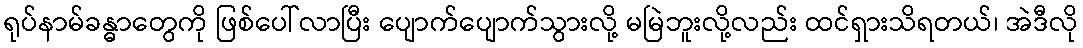
ရုပ်နာမ်ခန္ဓာတွေကို ဖြစ်ပေါ်လာပြီး ပျောက်ပျောက်သွားလို့ မမြဲဘူးလို့လည်း ထင်ရှားသိရတယ်၊ အဲဒီလို